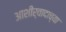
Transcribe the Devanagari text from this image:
आशीर्वादाच्या